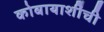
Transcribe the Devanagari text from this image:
कोबायाशींची